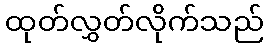
ထုတ်လွှတ်လိုက်သည်